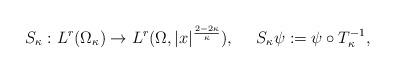
LaTeX: \begin{align*}S_{\kappa}: L^r (\Omega_{\kappa}) \rightarrow L^r(\Omega, |x|^{\frac{2- 2\kappa}{\kappa}}), \ \ \ \ S_{\kappa} \psi := \psi \circ T^{-1}_{\kappa},\end{align*}